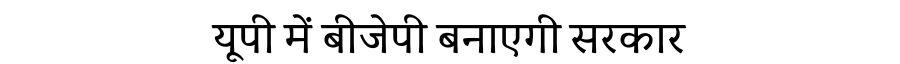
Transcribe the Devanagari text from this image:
यूपी में बीजेपी बनाएगी सरकार